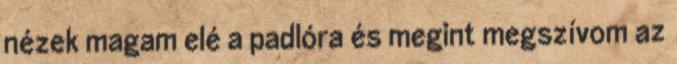
nézek magam elé a padlóra és megint megszívom az